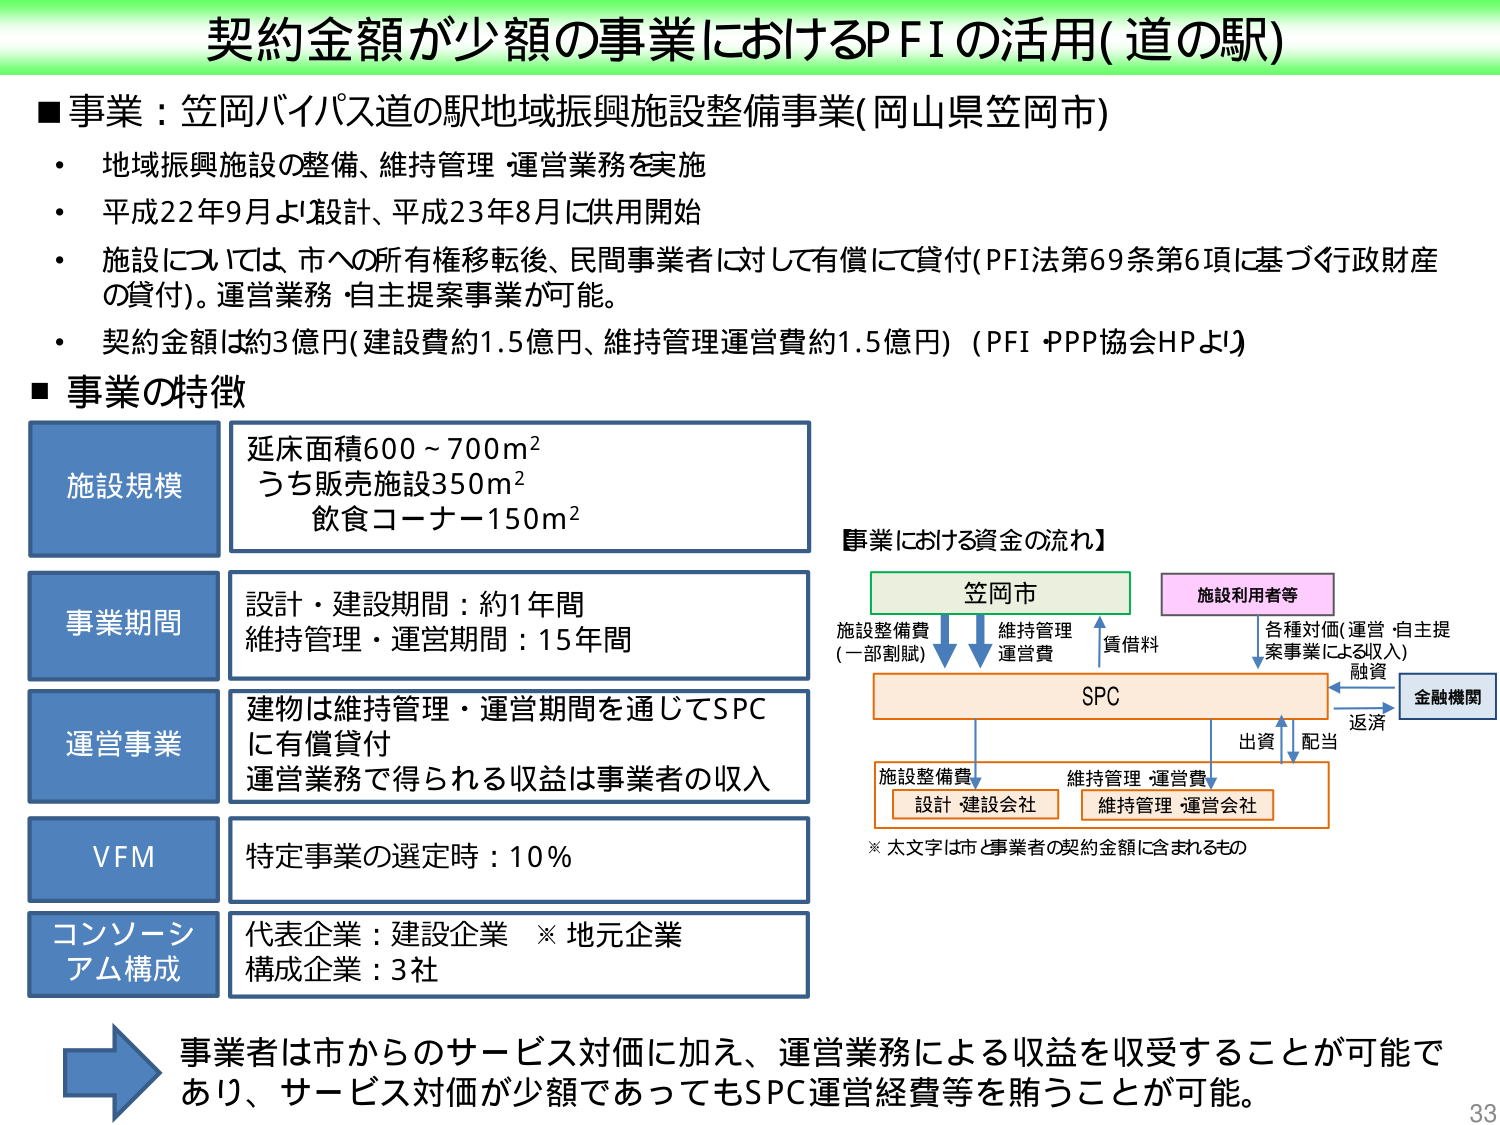
契約金額が少額の事業におけるPFIの活用(道の駅)

■事業：笠岡バイパス道の駅地域振興施設整備事業(岡山県笠岡市)
・地域振興施設の整備、維持管理・運営業務を実施
・平成22年9月より設計、平成23年8月に供用開始
・施設については、市への所有権移転後、民間事業者に対して有償にて貸付(PFI法第69条第6項に基づく行政財産の貸付)。運営業務・自主提案事業が可能。
・契約金額は約3億円(建設費約1.5億円、維持管理運営費約1.5億円) (PFI・PPP協会HPより)

■事業の特徴

施設規模
延床面積600～700m²
うち販売施設350m²
飲食コーナー150m²

事業期間
設計・建設期間：約1年間
維持管理・運営期間：15年間

運営事業
建物は維持管理・運営期間を通じてSPCに有償貸付
運営業務で得られる収益は事業者の収入

VFM
特定事業の選定時：10％

コンソーシアム構成
代表企業：建設企業 ※地元企業
構成企業：3社

【事業における資金の流れ】
笠岡市
施設整備費
(一部割賦)
↓
SPC
↑
維持管理
運営費
↑
貸借料
施設利用者等
↓
各種対価(運営・自主提案事業による収入)
↓
融資
金融機関
←→
返済
出資
配当
↓
施設整備費
↓
設計・建設会社
維持管理・運営費
↓
維持管理・運営会社
※太文字は市と事業者の契約金額に含まれるもの

→事業者は市からのサービス対価に加え、運営業務による収益を収受することが可能であり、サービス対価が少額であってもSPC運営経費等を賄うことが可能。

33